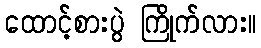
ထောင့်စားပွဲ ကြိုက်လား။